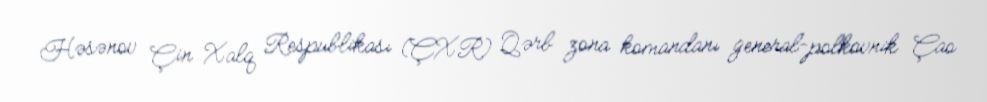
Həsənov Çin Xalq Respublikası (ÇXR) Qərb zona komandanı general-polkovnik Çao